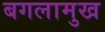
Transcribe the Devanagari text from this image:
बगलामुख